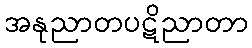
အနုညာတပဋိညာတာ